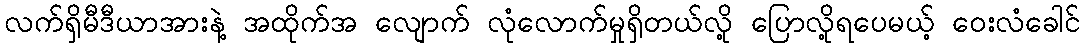
လက်ရှိမီဒီယာအားနဲ့ အထိုက်အ လျောက် လုံလောက်မှုရှိတယ်လို့ ပြောလို့ရပေမယ့် ဝေးလံခေါင်